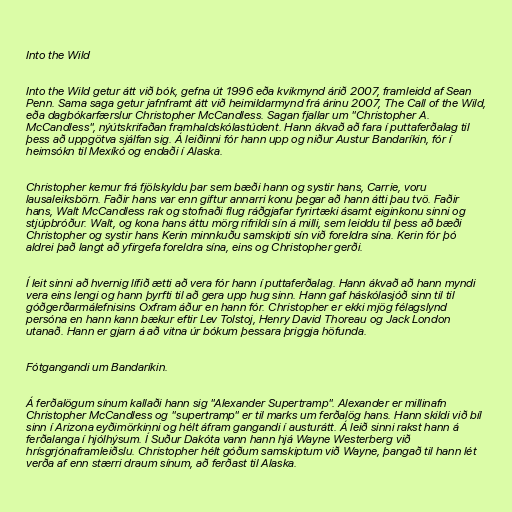
Into the Wild

Into the Wild getur átt við bók, gefna út 1996 eða kvikmynd árið 2007, framleidd af Sean
Penn. Sama saga getur jafnframt átt við heimildarmynd frá árinu 2007, The Call of the Wild,
eða dagbókarfærslur Christopher McCandless. Sagan fjallar um "Christopher A.
McCandless", nýútskrifaðan framhaldskólastúdent. Hann ákvað að fara í puttaferðalag til
þess að uppgötva sjálfan sig. Á leiðinni fór hann upp og niður Austur Bandaríkin, fór í
heimsókn til Mexíkó og endaði í Alaska.

Christopher kemur frá fjölskyldu þar sem bæði hann og systir hans, Carrie, voru
lausaleiksbörn. Faðir hans var enn giftur annarri konu þegar að hann átti þau tvö. Faðir
hans, Walt McCandless rak og stofnaði flug ráðgjafar fyrirtæki ásamt eiginkonu sinni og
stjúpbróður. Walt, og kona hans áttu mörg rifrildi sín á milli, sem leiddu til þess að bæði
Christopher og systir hans Kerin minnkuðu samskipti sín við foreldra sína. Kerin fór þó
aldrei það langt að yfirgefa foreldra sína, eins og Christopher gerði.

Í leit sinni að hvernig lífið ætti að vera fór hann í puttaferðalag. Hann ákvað að hann myndi
vera eins lengi og hann þyrfti til að gera upp hug sinn. Hann gaf háskólasjóð sinn til til
góðgerðarmálefnisins Oxfram áður en hann fór. Christopher er ekki mjög félagslynd
persóna en hann kann bækur eftir Lev Tolstoj, Henry David Thoreau og Jack London
utanað. Hann er gjarn á að vitna úr bókum þessara þriggja höfunda.

Fótgangandi um Bandaríkin.

Á ferðalögum sínum kallaði hann sig "Alexander Supertramp". Alexander er millinafn
Christopher McCandless og "supertramp" er til marks um ferðalög hans. Hann skildi við bíl
sinn í Arizona eyðimörkinni og hélt áfram gangandi í austurátt. Á leið sinni rakst hann á
ferðalanga í hjólhýsum. Í Suður Dakóta vann hann hjá Wayne Westerberg við
hrísgrjónaframleiðslu. Christopher hélt góðum samskiptum við Wayne, þangað til hann lét
verða af enn stærri draum sínum, að ferðast til Alaska.